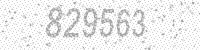
Solution: 829563